Jaan_Tonisson_(Lasteleht), lk 267
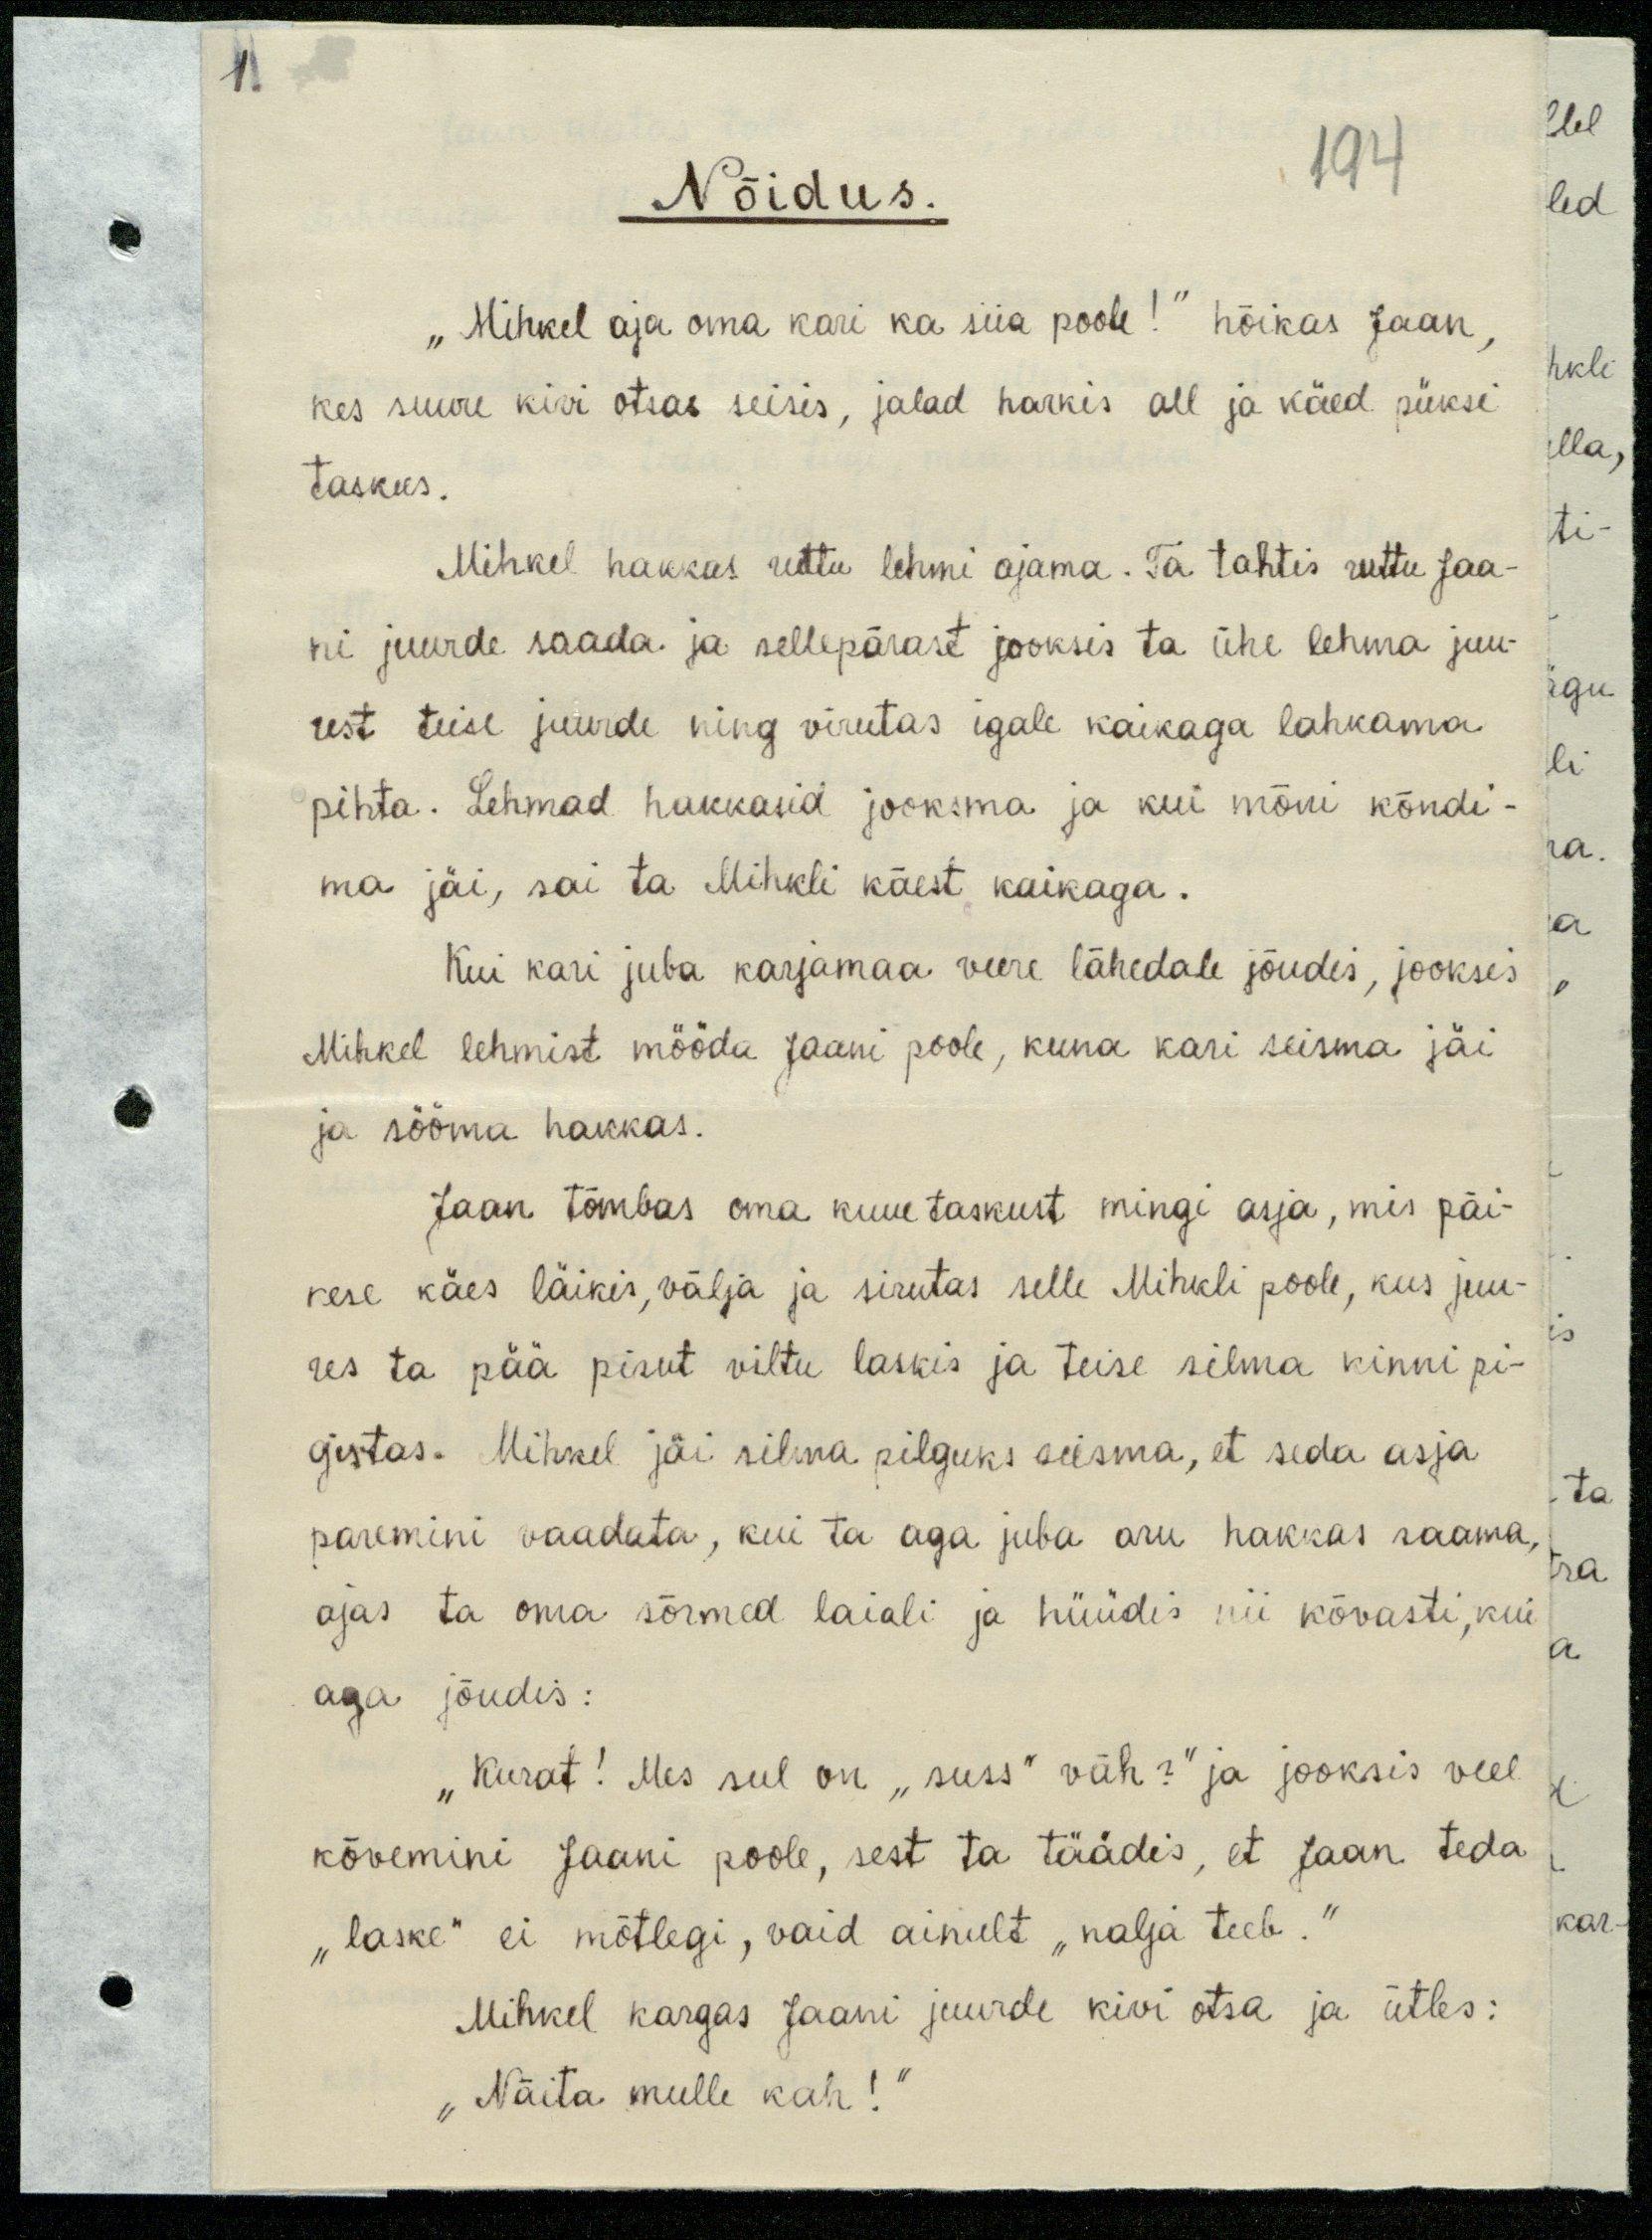
1.

Nõidus.
194
„Mihkel aja oma kari ka siia poole!" hõikas Jaan,
kes suure kivi otsas seisis, jalad harkis all ja käed püksi
taskus.
Mihkel hakkas ruttu lehmi ajama. Ta tahtis ruttu saa-
ni juurde saada ja sellepärast jooksis ta ühe lehma juu-
rest teise juurde ning virutas igale kaikaga lahkama
pihta. Lehmad hakkasid jooksma ja kui mõni kõndi-
ma jäi, sai ta Mihkli käest kaikaga.
Kui kari juba karjamaa veere lähedale jõudis, jooksis
Mihkel lehmist mööda Jaani poole, kuna kari seisma jäi
ja sööma hakkas.
Jaan tõmbas oma kuue taskust mingi asja, mis päi-
kese käes läikis, välja ja sirutas selle Mihkli poole, kus juu-
res ta pää pisut viltu laskis ja teise silma kinni pi-
gistas. Mihkel jäi silma pilguks seisma, et seda asja
paremini vaadata, kui ta aga juba aru hakkas saama.
ajas ta oma sõrmed laiali ja hüüdis nii kõvasti, kui
aga jõudis:
"Kurat! Mes sul on "suss" väh?" ja jooksis veel
kõvemini Jaani poole, sest ta täädis, et Jaan teda
"laske" ei mõtlegi, vaid ainult "nalja teeb.“
Mihkel kargas Jaani juurde kivi otsa ja ütles:
"Näita mulle kah!“